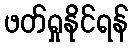
ဖတ်ရှုနိုင်ရန်